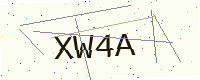
Text: XW4A